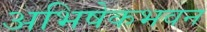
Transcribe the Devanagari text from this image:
अभिषेकभवन